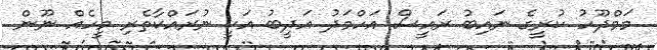
މަމްދޫހު ކުރީގެ ނައިބު ރައީސް އަހްމަދު އަދީބު އަކީ ނުރައްކާތެރި މީހެއް ނޫން